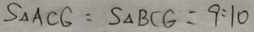
S _ { \Delta A C G } = S _ { \Delta B C G } = 9 : 1 0